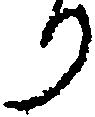
り